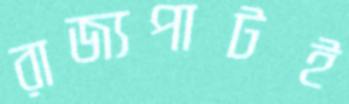
রাজ্যপাটই